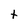
Character: t